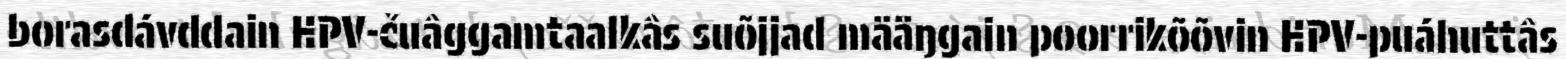
borasdávddain HPV-čuâggamtaalkâs suõjjad määŋgain poorrikõõvin HPV-puáhuttâs